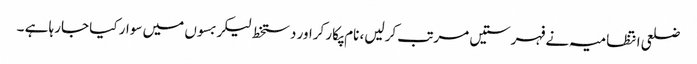
ضلعی انتظامیہ نے فہرستیں مرتب کرلیں، نام پکار کراور دستخط لیکر بسوں میں سوار کیا جارہا ہے ۔